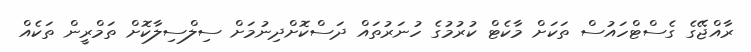
ރާއްޖޭގެ ގެސްޓްހައުސް ތަކަށް މާކެޓް ކުރުމުގެ ހުނަރުތައް ދަސްކޮށްދިނުމަށް ސިލްސިލާކޮށް ތަމްރީން ތަކެއް